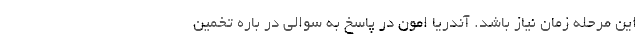
این مرحله زمان نیاز باشد. آندریا اَمون در پاسخ به سوالی در باره تخمین